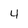
Character: 4